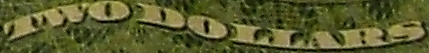
TWODOLLARS